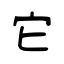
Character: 它